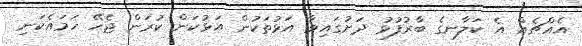
އެއްޗެއް އެ ކަލާނގެ ބާރުފުޅު ދަށުގައިވާ އަޅުތަކުން އަޅުކަން ކުރަން ޖެހޭ ހަމައެކަނި